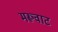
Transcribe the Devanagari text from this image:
मरूवाट